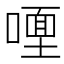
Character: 𭊩